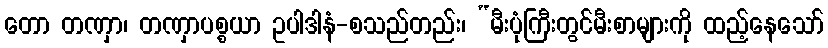
တော တဏှာ၊ တဏှာပစ္စယာ ဥပါဒါနံ-စသည်တည်း၊ “မီးပုံကြီးတွင်မီးစာများကို ထည့်နေသော်